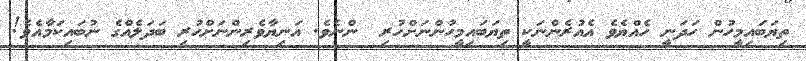
ތިޔަބައިމީހުން ހަދަނީ ހެއްޔެވެ އެއުރެންނަކީ ތިޔަބައިމީހުންނަށްހުރި  ންނެވެ. އަނިޔާވެރިންނަށްހުރި ބަދަލެއްގެ ނުބައިކަމާއެވެ!